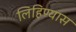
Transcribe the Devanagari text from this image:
लिहिण्‍यास